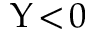
\Upsilon \! < \! 0